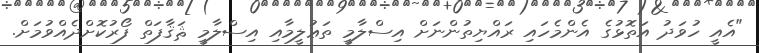
"އެއީ ހުވަދު އަތޮޅުގެ އެންމެހައި ރައްޔިތުންނަށް އިސްލާމީ ތަޢުލީމާއި އިސްލާމީ ޘަޤާފަތް ފޯރުކޮށްދެއްވުމަށް.